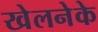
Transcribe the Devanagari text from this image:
खेलनेके